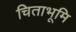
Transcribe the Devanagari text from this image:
चिताभूमि